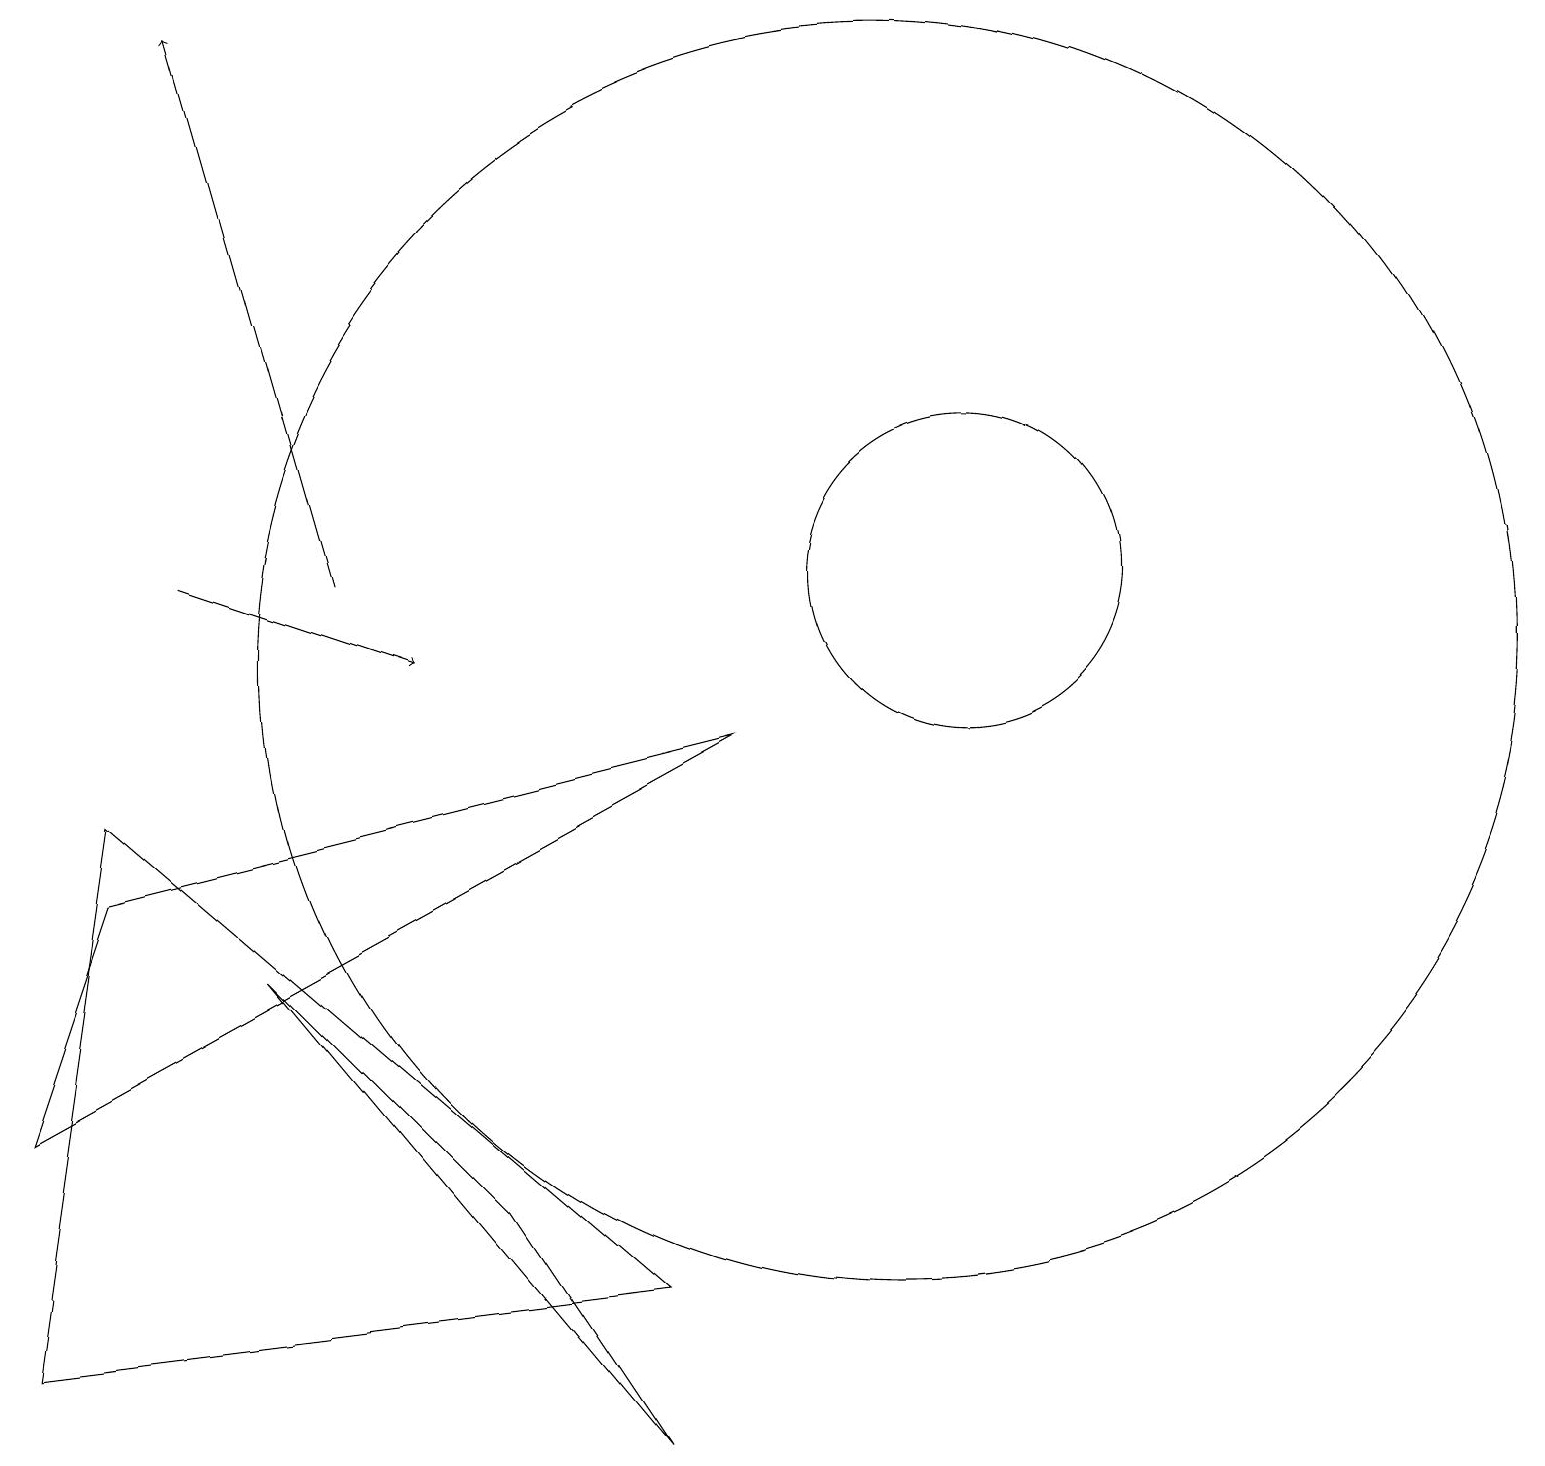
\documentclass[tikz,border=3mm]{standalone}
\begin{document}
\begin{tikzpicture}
\draw (3,6) -- (8,0) -- (6,3) -- cycle;
\draw (1,7) -- (0,4) -- (9,9) -- cycle;
\draw (12,11) circle (2);
\draw (8,2) -- (0,1) -- (1,8) -- cycle;
\draw[->] (4,11) -- (2,18);
\draw[->] (2,11) -- (5,10);
\draw (11,10) circle (8);
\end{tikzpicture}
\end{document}